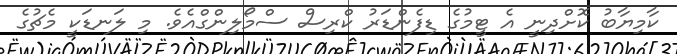
ކާމިޔާބު ކޮށްދިނީ އެ ޓީމުގެ ޑިފެންޑަރު ކްރިސް ސްމޯލިންގްއެވެ. މި ލަނޑަކީ މެޗުގެ